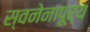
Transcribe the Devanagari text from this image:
स्वनेनापूर्य